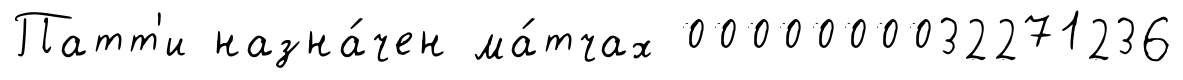
Патт'и назна́чен ма́тчах 0000000032271236